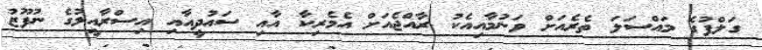
ގަލްފުގެ މައްސަލަ ތެރެއަށް ވަނުމާއިއެކު ރާއްޖެއަށް އެމެރިކާ އާއި ސައުދީއާއި އިސްރާއީލުގެ ނުފޫޒު